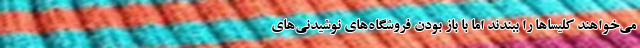
می‌خواهند کلیساها را ببندند اما با باز بودن فروشگاه‌های نوشیدنی‌های